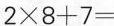
$$2 \times 8 + 7 =$$